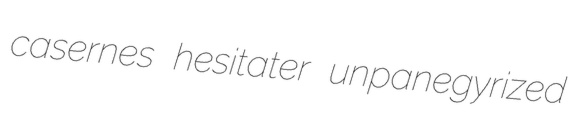
casernes hesitater unpanegyrized